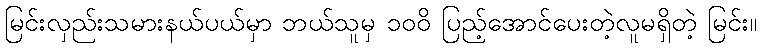
မြင်းလှည်းသမားနယ်ပယ်မှာ ဘယ်သူမှ ၁၀၀ိ ပြည့်အောင်ပေးတဲ့လူမရှိတဲ့ မြင်း။